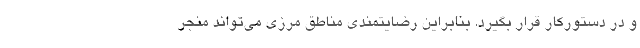
و در دستورکار قرار بگیرد. بنابراین رضایتمندی مناطق مرزی می‌تواند منجر